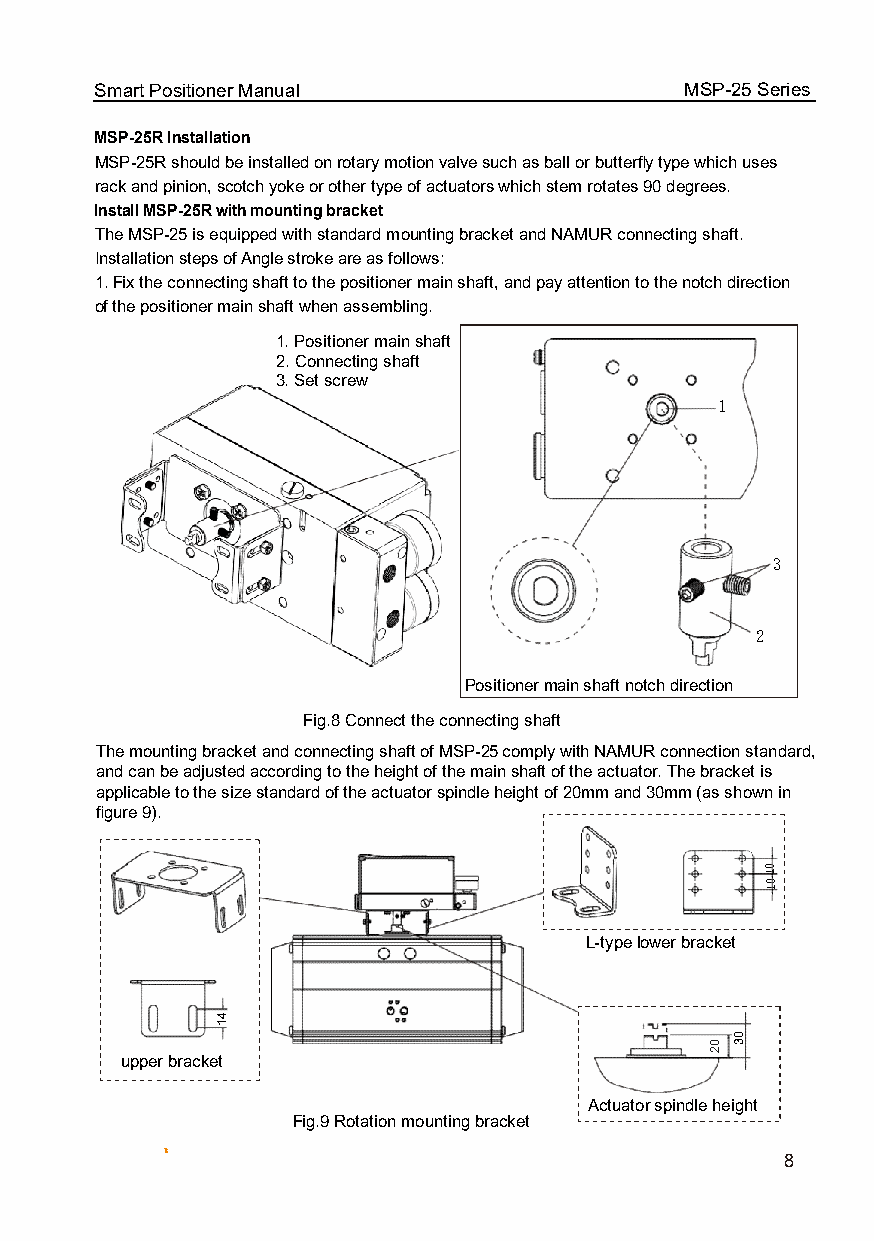
Smart Positioner Manual                MSP-25 Series
 MSP-25R Installation
 MSP-2255RR sshhoouulldd bbee iinnssttaalllleedd oonn rroottaarryy mmoottiioonn vvaallvvee ssuucchh aass bbaallll oorr bbuutttteerrfly type which uses
 rack aanndd ppiinniioonn,, ssccoottcchh yyookkee oorr ootthheerr ttyyppee ooff aaccttuuaattoorrss wwhhiicchh sstteemm rroottaatteess 9900 ddeeggrreeeess..
 Install MSP-25R with mounting bracket
 The MSP-25 is equipped with standard mouunnttiinngg bbrraacckkeett aanndd NNAAMMUURR ccoonnnneeccttiinngg sshhaafftt..
 Installation steps of Angle stroke are as follows:
 1. FFiixx tthhee ccoonnnneeccttiinngg sshhaafftt ttoo tthhee ppoossiittiioonneerr mmaaiinn sshhaafftt,, aanndd ppaayy aatttteennttiioonn ttoo tthhee nnoottcchh ddiirreeccttiioonn
 of the positioner main shaft when assembling.
 1. Positioner main shaft
 2. Connecting shaft
 3. Set screw
 1
 3
 2
 Positioner mmaaiinn sshhaafftt nnoottcchh ddiirreeccttiioonn
 Fig.8 Connect the connecting shaft
 The mounting bracket and connecting shaft of MSP-2255 ccoommppllyy wwiitthh NNAAMMUURR ccoonnnneeccttiioonn ssttaannddaarrdd,,
 aanndd ccaann bbee aaddjjuusstteedd aaccccoorrddiinngg ttoo tthhee hheeiigghhtt ooff tthhee mmaaiinn sshhaafftt ooff tthhee aaccttuuaattoorr.. TThhee bbrraacckkeett iiss
 applicable to the size standard of the actuator spindle height of 20mm aanndd 3300mmmm ((aass sshhoowwnn iinn
 figure 9).
 L-type lower bracket
 upper bracket
 AAccttuuaattoorr spindle height
 Fig.9 Rotation mounting bracket
 R                                        8
 41
 02
 03
 01
 01